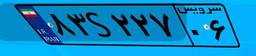
۸۳S۲۲۷۰۶